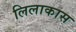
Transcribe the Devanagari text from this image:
लिलाकास